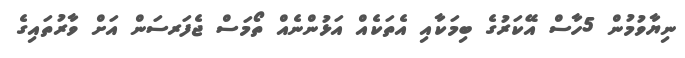
ނިޔާވުމުން 5ހާސް އޭކަރުގެ ބިމަކާއި އެތަކެއް އަަޅުންނެއް ތޯމަސް ޖެފަރސަން އަށް ވާރުތައިގެ